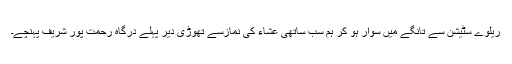
ریلوے سٹیشن سے تانگے میں سوار ہو کر ہم سب ساتھی عشاء کی نمازسے تھوڑی دیر پہلے درگاہ رحمت پور شریف پہنچے۔